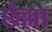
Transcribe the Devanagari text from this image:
छैल्ला